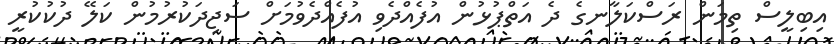
އިބިލީސް ތިމަން ރަސްކަލާނގެ ދެ އަތްޕުޅުން އުފެއްދެވި އުފެއްދެވުމަށް ސަޖިދަކުރުމުން ކަލޭ ދުކުކުރީ